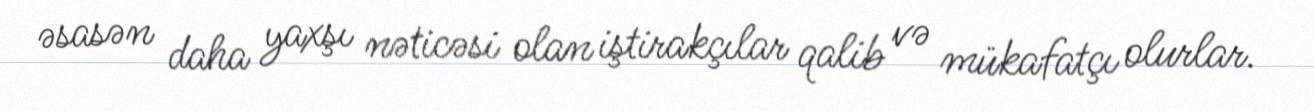
əsasən daha yaxşı nəticəsi olan iştirakçılar qalib və mükafatçı olurlar.